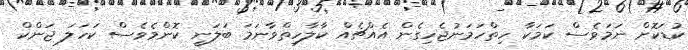
ކުޑަކޮށް ނަމަވެސް ކަމަކާ ހިތްހަމަނުޖެހިގެން އެއްޗެއް ކާލާހިތްވާނަމަ ބަލަނީ ކޮންމެވެސް ކަަހަލަ ޖަންކް